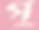
পু